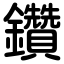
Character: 鑽